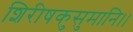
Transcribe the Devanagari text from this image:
शिरीषकुसुमानि।।